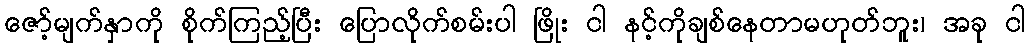
ဇော့်မျက်နှာကို စိုက်ကြည့်ပြီး ပြောလိုက်စမ်းပါ ဖြိုး ငါ နင့်ကိုချစ်နေတာမဟုတ်ဘူး၊ အခု ငါ